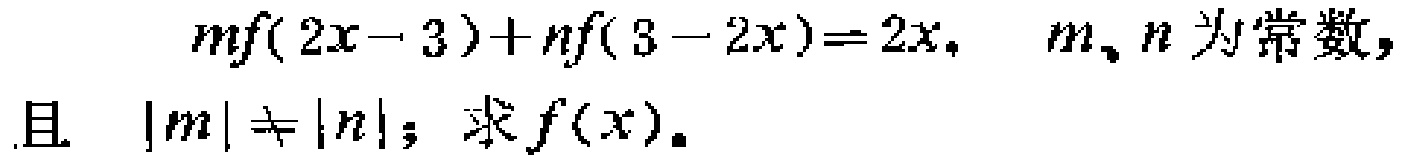
\[
mf(2x - 3)+nf(3 - 2x)=2x,\quad m、n\text{ 为常数，且 }|m|\neq|n|；求f(x)。
\]